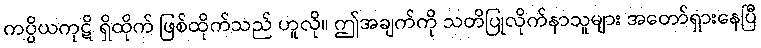
ကပ္ပိယကုဋိ ရှိထိုက် ဖြစ်ထိုက်သည် ဟူလို။ ဤအချက်ကို သတိပြုလိုက်နာသူများ အတော်ရှားနေပြီ